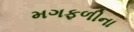
મગફળીના